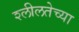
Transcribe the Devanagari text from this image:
श्लीलतेच्या